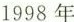
1998年